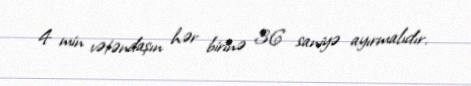
4 min vətəndaşın hər birinə 36 saniyə ayırmalıdır.